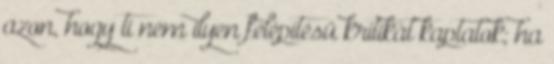
azon, hogy ti nem ilyen felépítésű kritikát kaptatok; ha